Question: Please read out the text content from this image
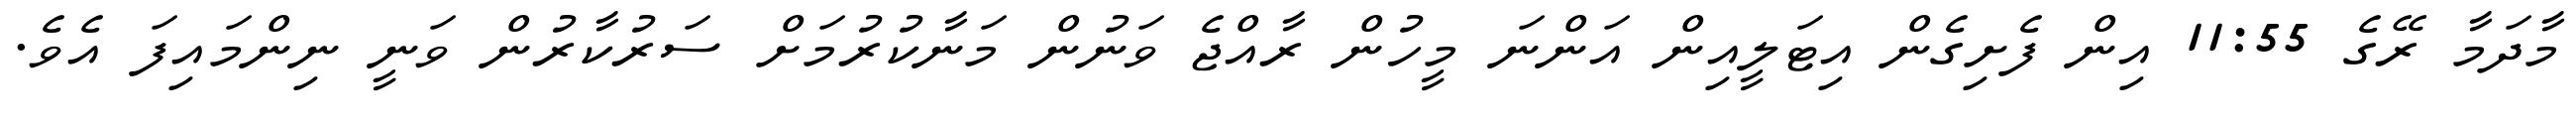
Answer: މާދަމާ ރޭގެ 11:55 އިން ފެށިގެން އިޓަލީއިން އަންނަ މީހުން ރާއްޖެ ވަނުން މަނާކުރުމަށް ސަރުކާރުން ވަނީ ނިންމައިފަ އެވެ.